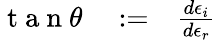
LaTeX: \begin{array}{rlr}{\mathrm{~t~a~n~}\theta}&{{}:=}&{\frac{d\epsilon_{i}}{d\epsilon_{r}}}\end{array}